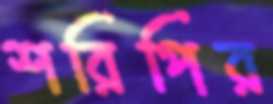
শরিপির